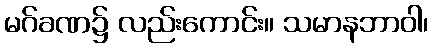
မဂ်ခဏ၌ လည်းကောင်း။ သမာနဘာဝါ၊